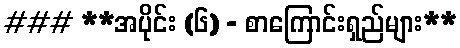
### **အပိုင်း (၆) - စာကြောင်းရှည်များ**